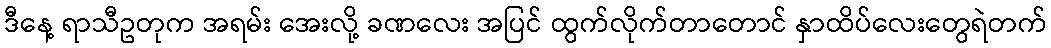
ဒီနေ့ ရာသီဥတုက အရမ်း အေးလို့ ခဏလေး အပြင် ထွက်လိုက်တာတောင် နှာထိပ်လေးတွေရဲတက်